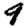
Digit: 9